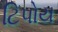
ટિપોય